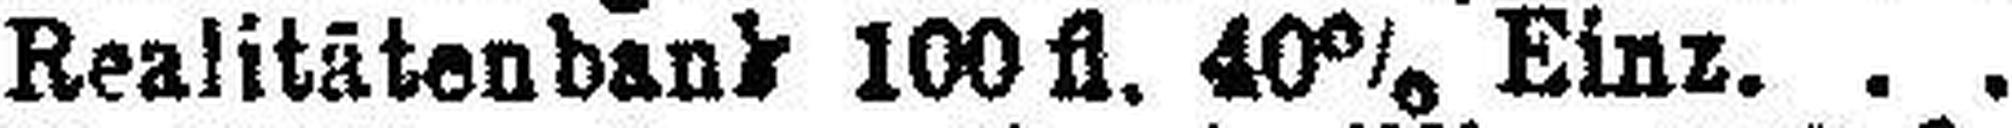
Realitätenbank 100fl. 40% Einz.